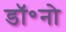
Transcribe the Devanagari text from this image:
डॉ॰नो